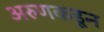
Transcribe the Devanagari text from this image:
अरुणकडून